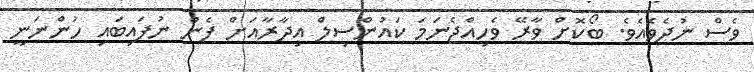
ވެސް ނުދެވެއެވެ. ބޯކޮށް ވާރޭ ވެހިއްޖެނަމަ ކައުންސިލް އިދާރާއަށް ފެން ނުފައިބައި ހުންނަނީ